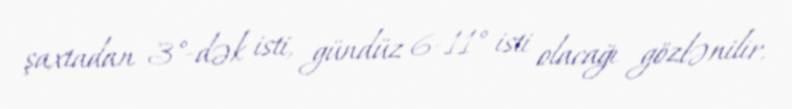
şaxtadan 3°-dək isti, gündüz 6-11° isti olacağı gözlənilir.